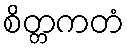
စိတ္တကတံ